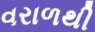
વરાળથી